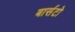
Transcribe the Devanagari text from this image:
बार्सटो